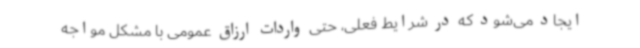
ایجاد می‌شود که در شرایط فعلی، حتی واردات ارزاق عمومی با مشکل مواجه